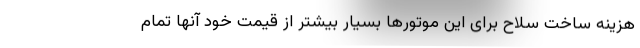
هزینه ساخت سلاح برای این موتورها بسیار بیشتر از قیمت خود آنها تمام